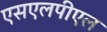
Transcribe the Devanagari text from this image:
एसएलपीएल